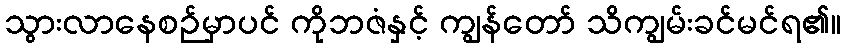
သွားလာနေစဉ်မှာပင် ကိုဘဇံနှင့် ကျွန်တော် သိကျွမ်းခင်မင်ရ၏။